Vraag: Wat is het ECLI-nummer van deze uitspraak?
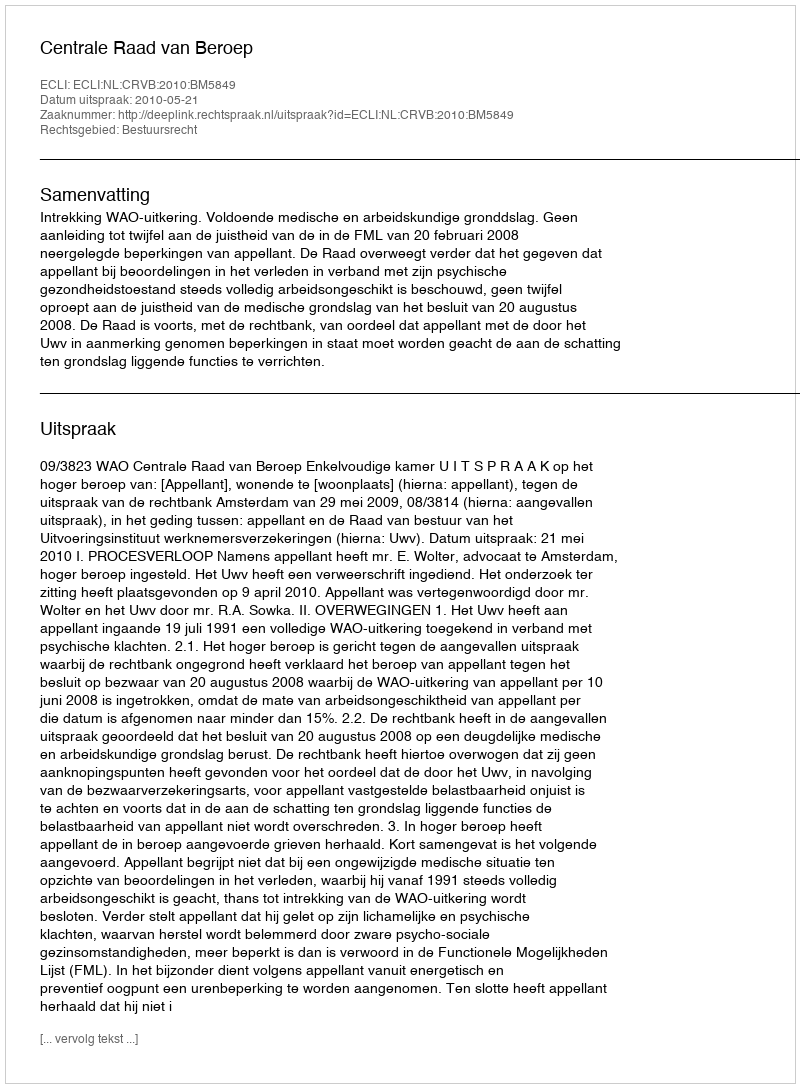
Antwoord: ECLI:NL:CRVB:2010:BM5849